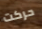
حركت